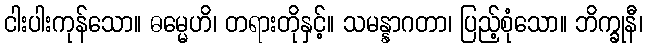
ငါးပါးကုန်သော။ ဓမ္မေဟိ၊ တရားတိုနှင့်။ သမန္နာဂတာ၊ ပြည့်စုံသော။ ဘိက္ခုနီ၊